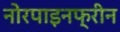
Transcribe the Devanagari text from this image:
नोरपाइनफ्रीन